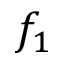
f _ { 1 }